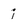
Character: i